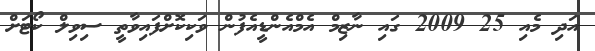
އަދި މެއި 25 2009 ގައި ނާޒިމް އެމްއެންޑީއެފުން ވަކިކޮށްފައިވާތީ ސިވިލް ކޯޓަށް